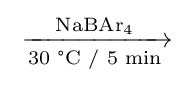
{\ce {->[{\ce {NaBAr4}}][{\text{30 °C / 5 min}}]}}